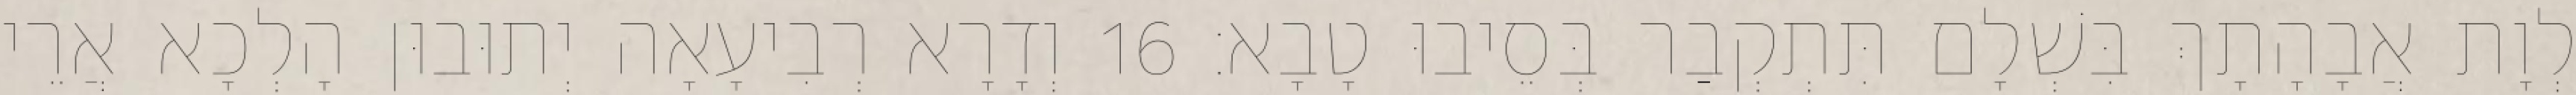
לְוָת אֲבָהָתָךְ בִּשְׁלָם תִּתְקְבַר בְּסֵיבוּ טָבָא׃ 16 וְדָרָא רְבִיעָאָה יְתוּבוּן הָלְכָא אֲרֵי